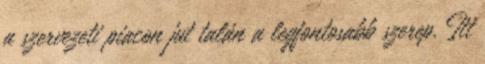
a szervezeti piacon jut talán a legfontosabb szerep. Itt